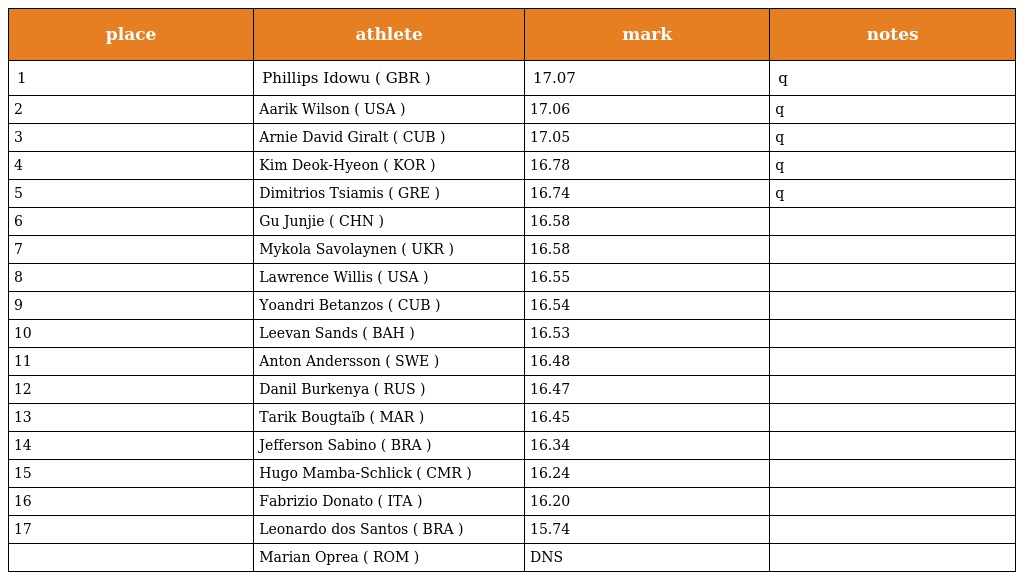
| place | athlete | mark | notes |
 | --- | --- | --- | --- |
 | 1 | Phillips Idowu ( GBR ) | 17.07 | q |
 | 2 | Aarik Wilson ( USA ) | 17.06 | q |
 | 3 | Arnie David Giralt ( CUB ) | 17.05 | q |
 | 4 | Kim Deok-Hyeon ( KOR ) | 16.78 | q |
 | 5 | Dimitrios Tsiamis ( GRE ) | 16.74 | q |
 | 6 | Gu Junjie ( CHN ) | 16.58 |  |
 | 7 | Mykola Savolaynen ( UKR ) | 16.58 |  |
 | 8 | Lawrence Willis ( USA ) | 16.55 |  |
 | 9 | Yoandri Betanzos ( CUB ) | 16.54 |  |
 | 10 | Leevan Sands ( BAH ) | 16.53 |  |
 | 11 | Anton Andersson ( SWE ) | 16.48 |  |
 | 12 | Danil Burkenya ( RUS ) | 16.47 |  |
 | 13 | Tarik Bougtaïb ( MAR ) | 16.45 |  |
 | 14 | Jefferson Sabino ( BRA ) | 16.34 |  |
 | 15 | Hugo Mamba-Schlick ( CMR ) | 16.24 |  |
 | 16 | Fabrizio Donato ( ITA ) | 16.20 |  |
 | 17 | Leonardo dos Santos ( BRA ) | 15.74 |  |
 |  | Marian Oprea ( ROM ) | DNS |  |